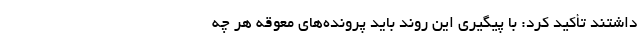
داشتند تأکید کرد: با پیگیری این روند باید پرونده‌های معوقه هر چه